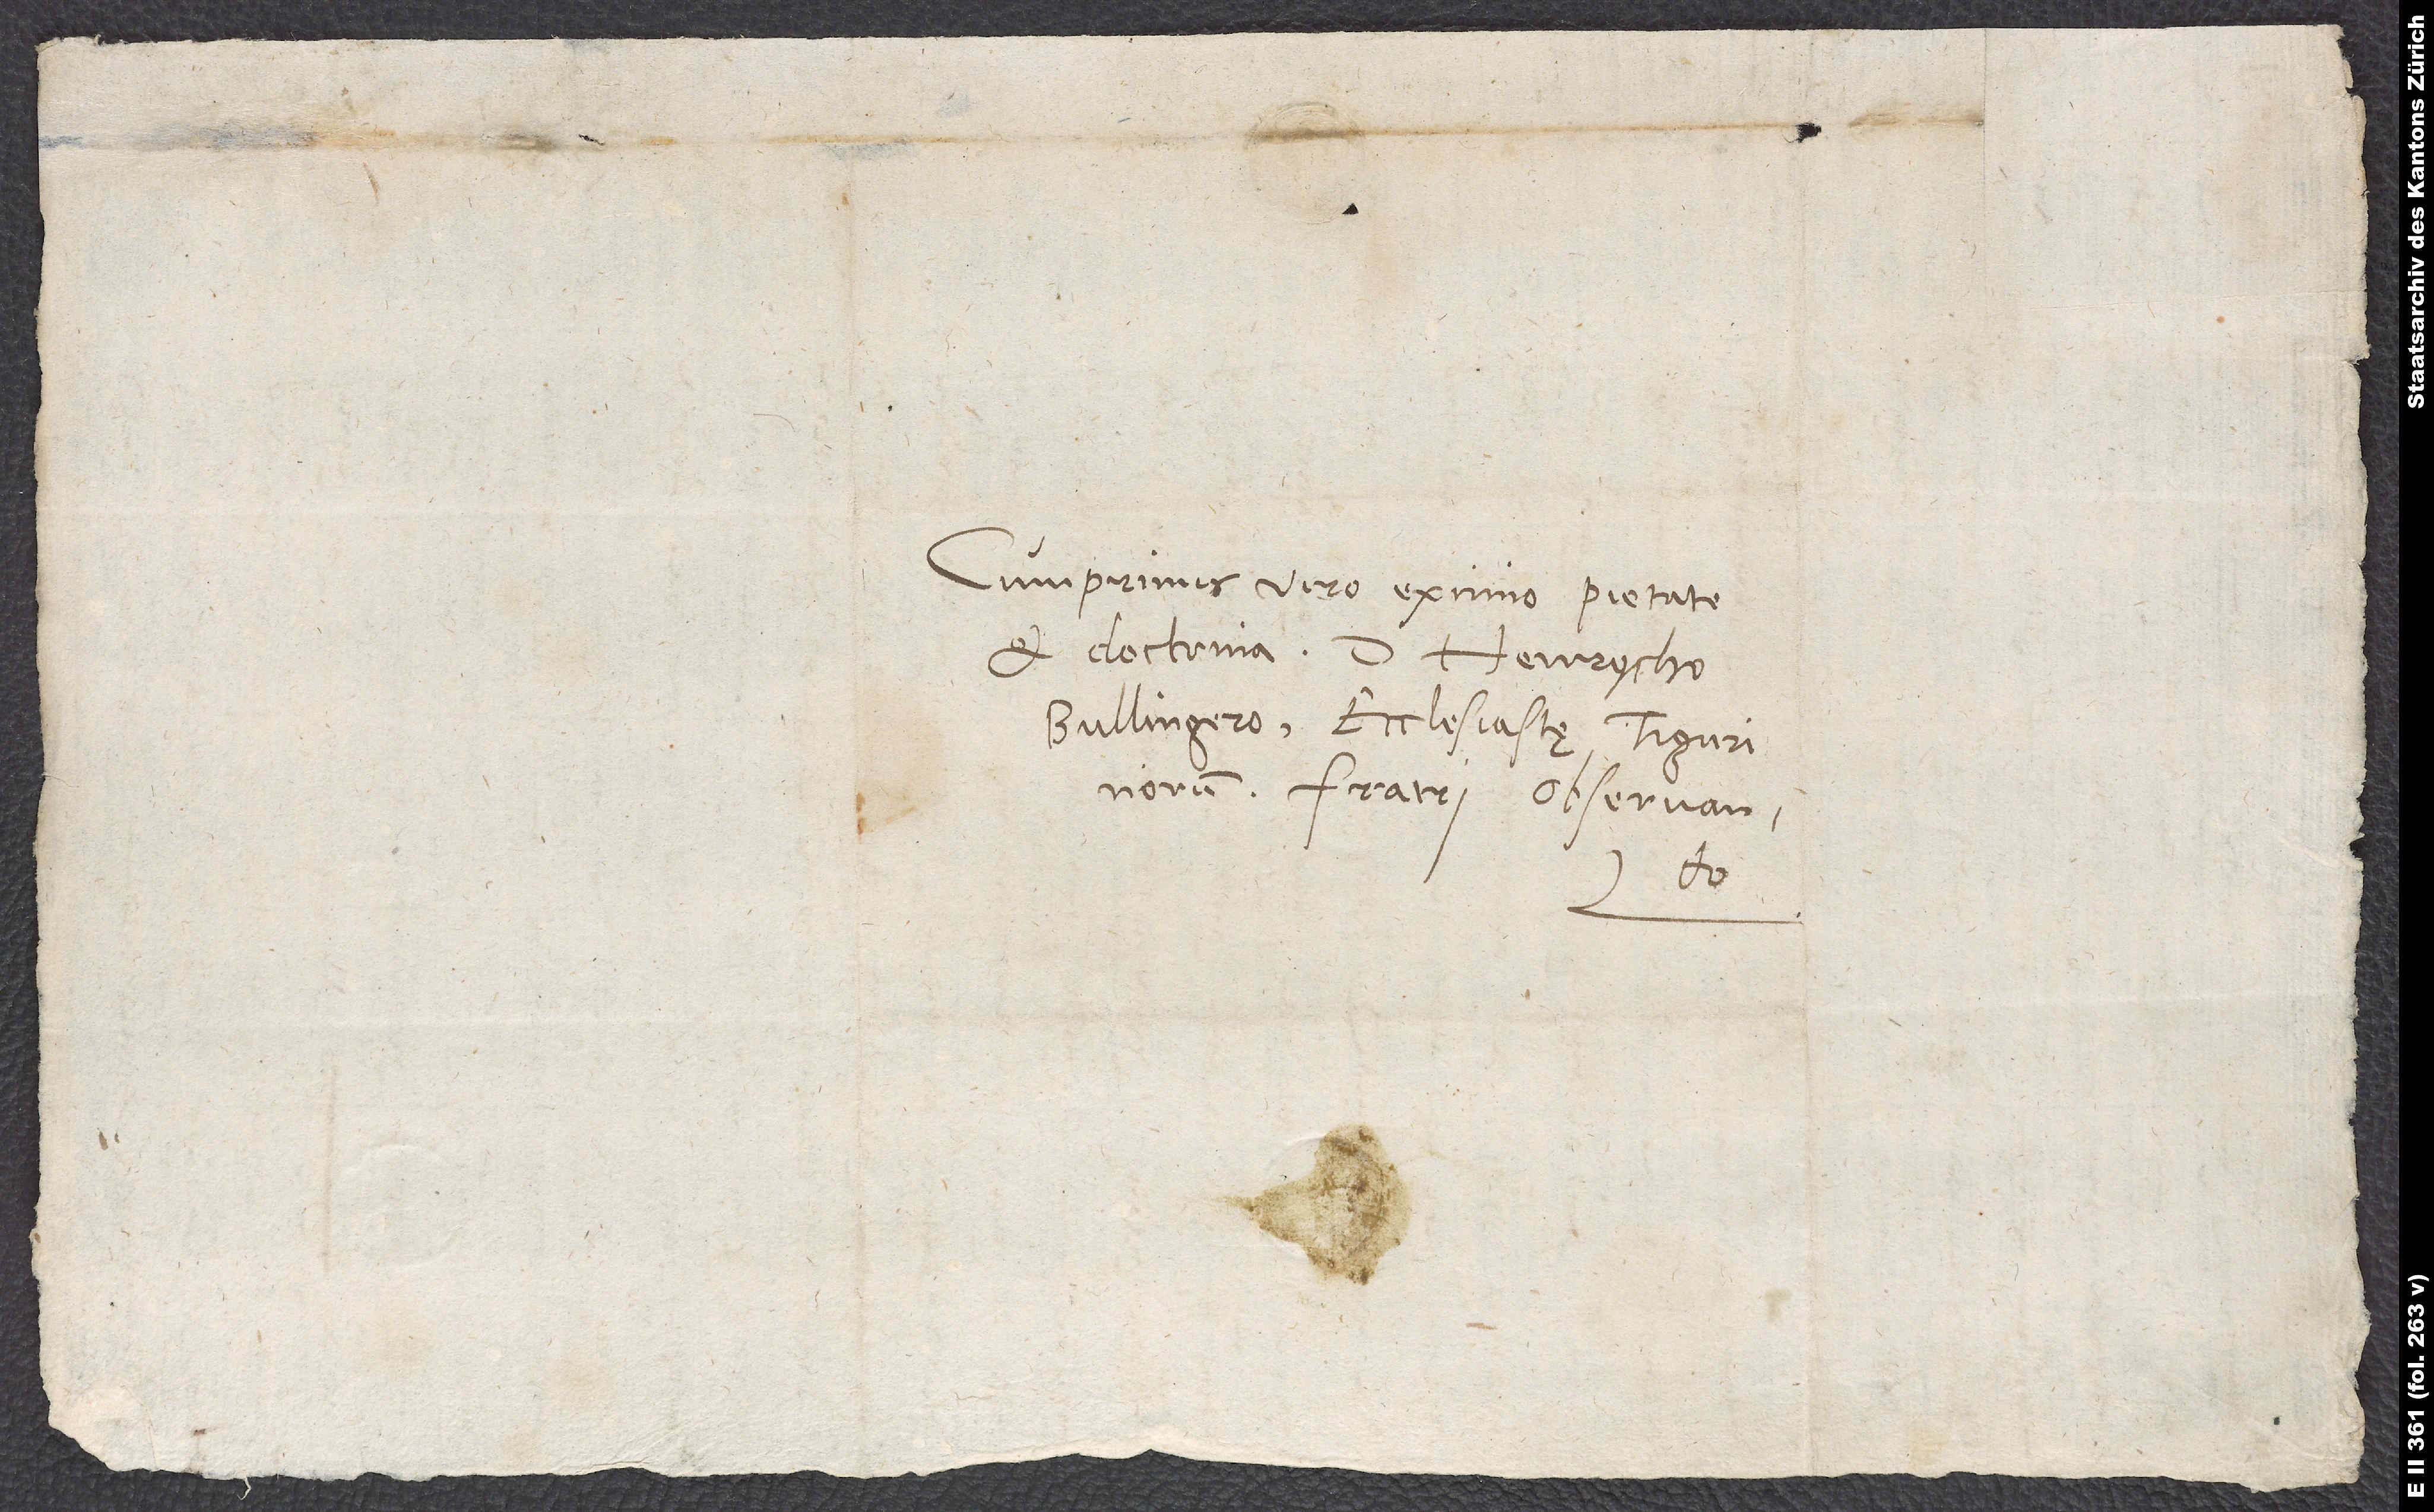
Cumprimis viro eximio pietate
et doctrina d. Henrycho
Bullingero, ecclesiastę Tigurinorum,
fratri observando.